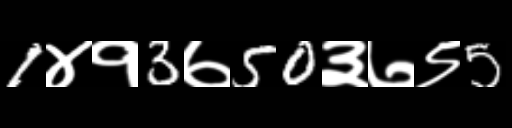
Text: 1४१3७50३७९5